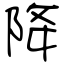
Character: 降